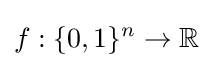
f:\{0,1\}^{n}\rightarrow \mathbb {R}